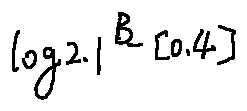
\log 2 . 1 ^ { B - [ 0 . 4 ] }